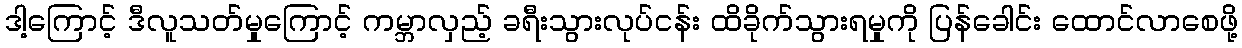
ဒါ့ကြောင့် ဒီလူသတ်မှုကြောင့် ကမ္ဘာလှည့် ခရီးသွားလုပ်ငန်း ထိခိုက်သွားရမှုကို ပြန်ခေါင်း ထောင်လာစေဖို့